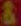
&